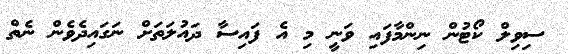
ސިވިލް ކޯޓުން ނިންމާފައި ވަނީ މި އެ ފައިސާ ދައުލަތަށް ނަގައިދެވެން ނެތް